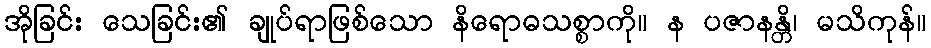
အိုခြင်း သေခြင်း၏ ချုပ်ရာဖြစ်သော နိရောဓသစ္စာကို။ န ပဇာနန္တိ၊ မသိကုန်။